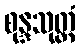
စုန္ဒသုတ္တံ